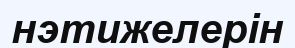
нэтижелерін